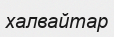
халвайтар